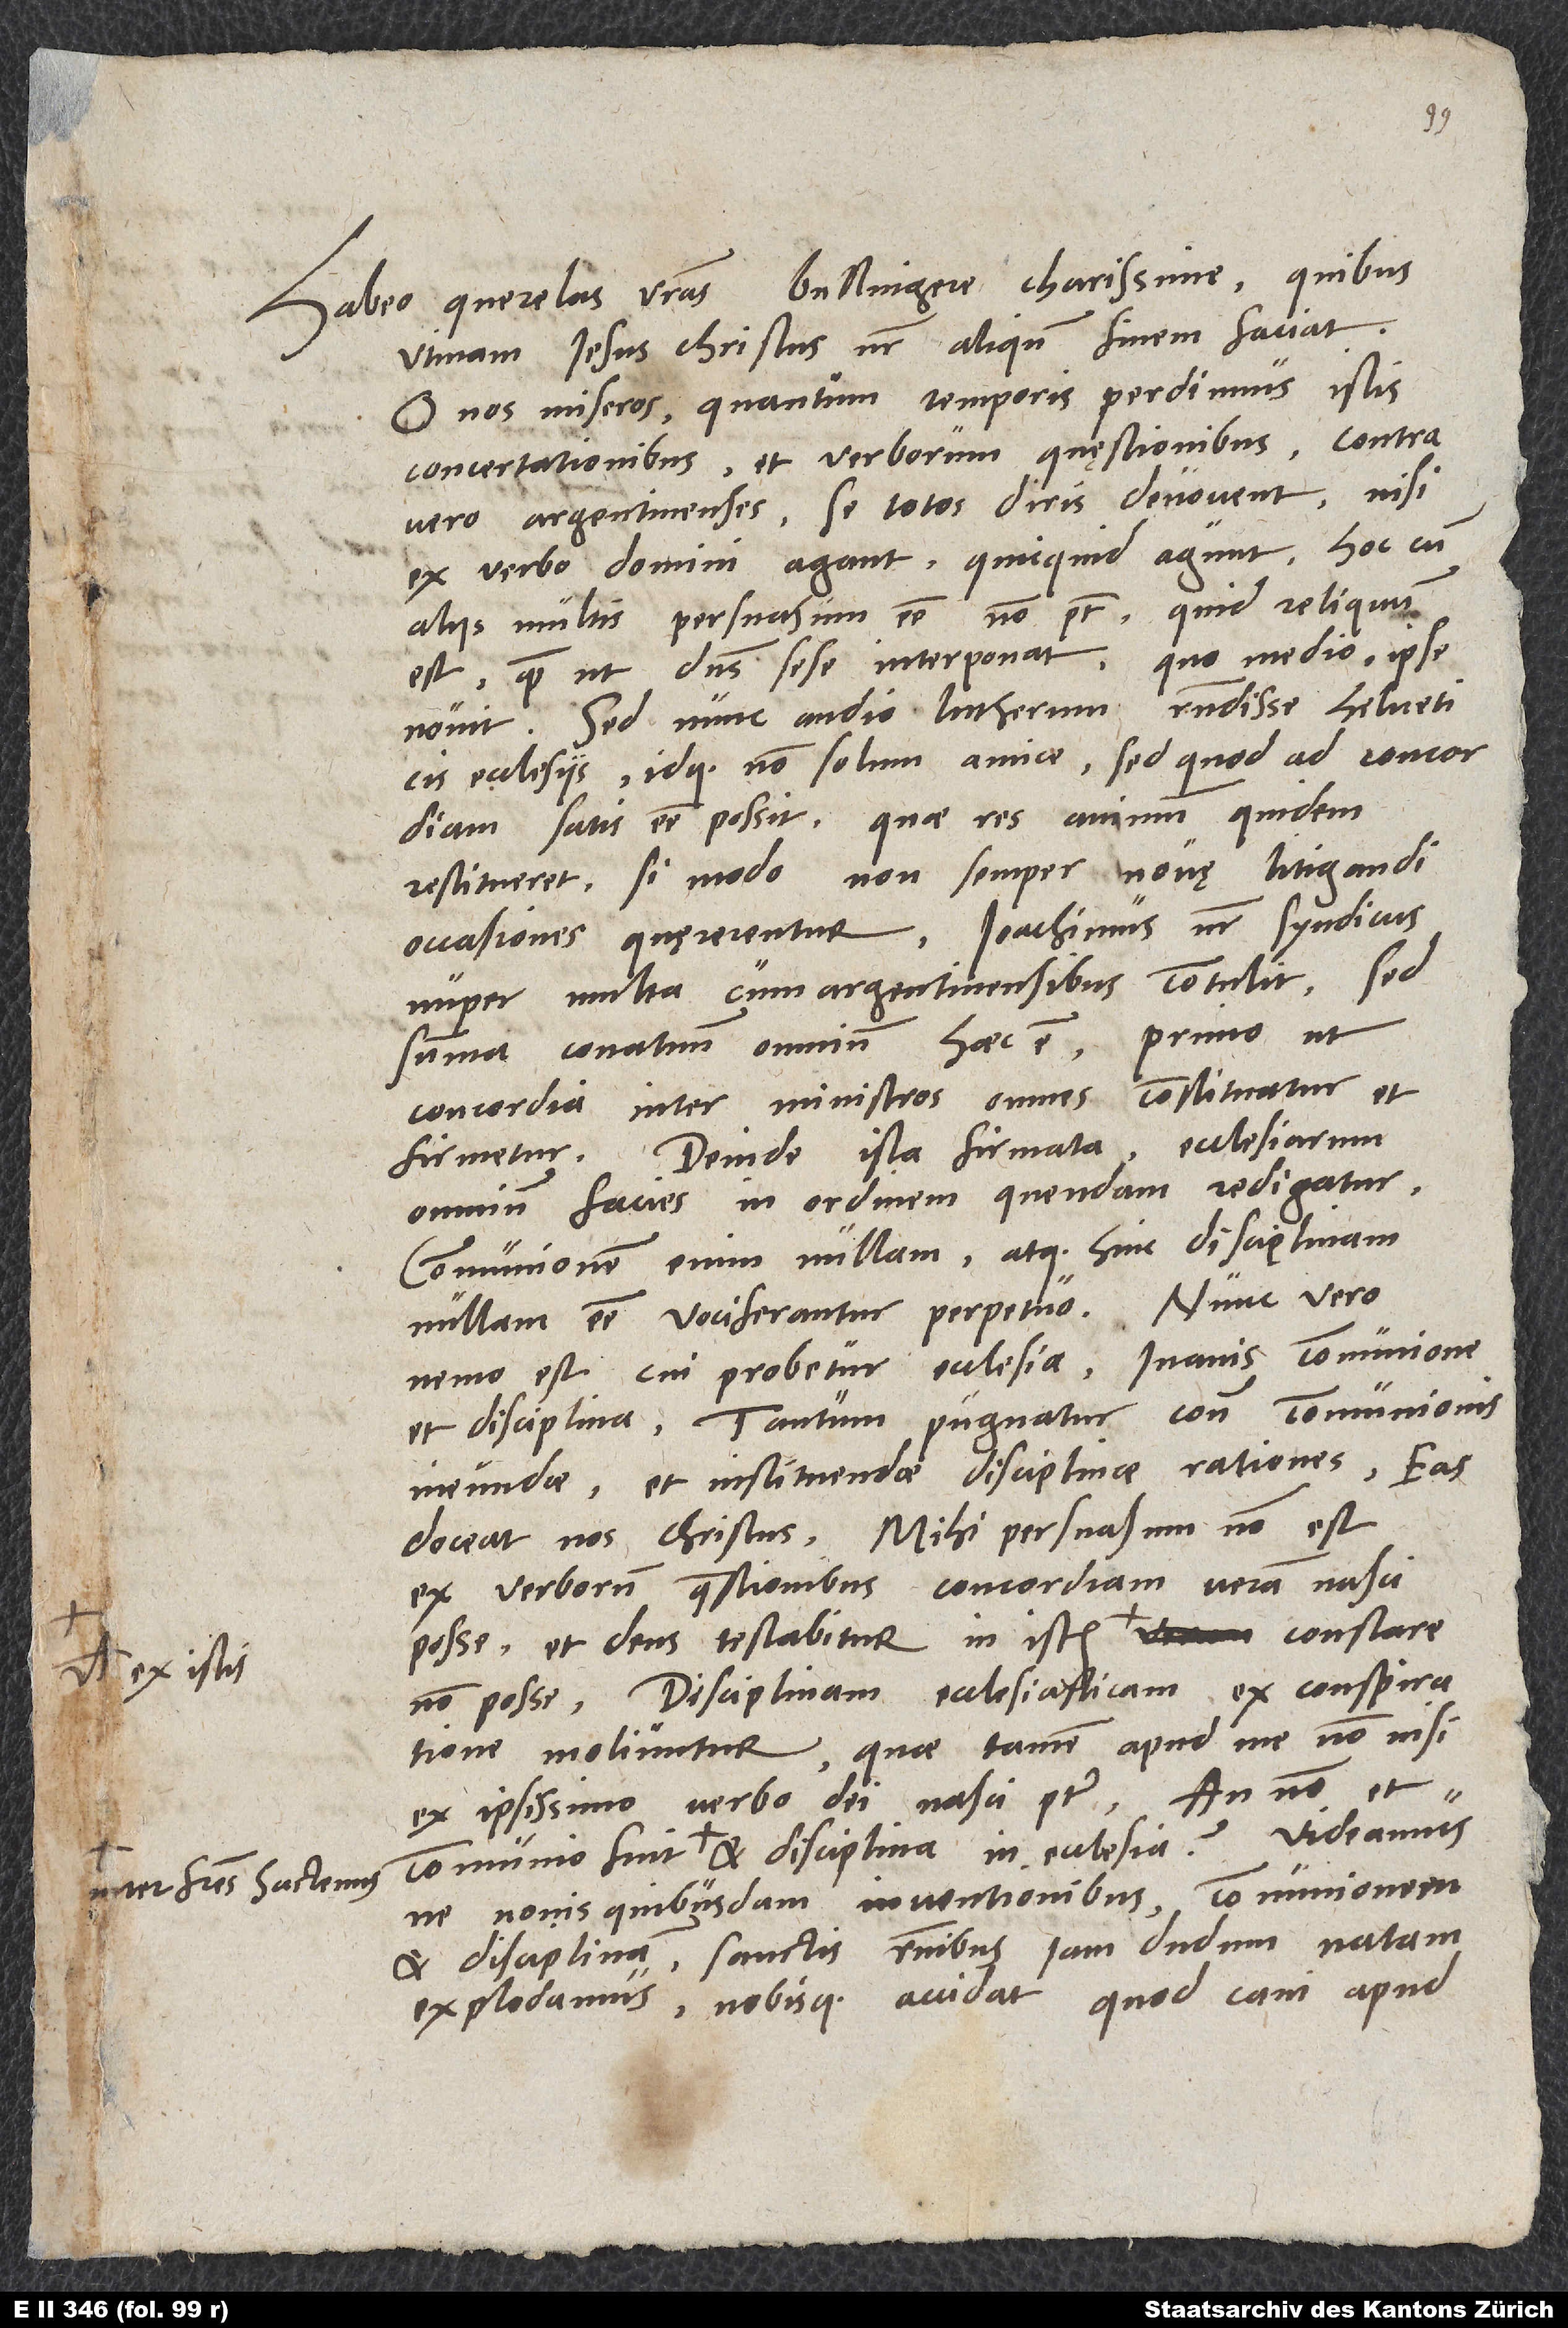
inter fratres hactenus

Habeo querelas vestras, Bullingere charissime, quibus
utinam Iesus Christus noster aliquando finem faciat.
O nos miseros, quantum temporis perdimus istis
concertationibus et verborum quęstionibus! Contra
vero Argentinenses se totos diris devovent, nisi
ex verbo domini agant, quicquid agunt.
aliis multis persuasum esse non potest, quid reliquum
est, quam ut dominus sese interponat? Quo medio, ipse
novit. Sed nunc audio Lutherum respondisse Helveticis
ecclesiis idque non solum amice, sed quod ad concordiam
satis esse possit. Quae res animum quidem
restitueret, si modo non semper novę litigandi
nuper multa cum Argentinensibus contulit. Sed
summa conatuum omnium haec est: Primo, ut
concordia inter ministros omnes constituatur et
firmetur, deinde, ista firmata, ecclesiarum
omnium facies in ordinem quendam redigatur.
Communionem enim nullam atque hinc disciplinam
nullam esse vociferantur perpetuo. Nunc vero
nemo est, cui probetur ecclesia inanis communione
et disciplina; tantum pugnatur contra communionis
ineundae et instituendae disciplinae rationes. Eas
doceat nos Christus. Mihi persuasum non est
ex verborum quaestionibus concordiam veram nasci
posse, et deus testabitur in istis constare
non posse. Disciplinam ecclesiasticam ex conspiratione
moliuntur, quae tamen apud me non nisi
ex ipsissimo verbo dei nasci potest. An non et
ne novis quibusdam inventionibus communionem
et disciplinam sanctis rationibus iam dudum natam
explodamus nobisque accidat, quod cani apud